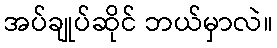
အပ်ချုပ်ဆိုင် ဘယ်မှာလဲ။